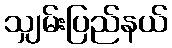
သျှမ်းပြည်နယ်